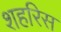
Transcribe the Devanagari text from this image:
शहरिस